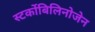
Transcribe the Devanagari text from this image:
स्‍टर्कोबिलिनोजेन